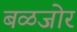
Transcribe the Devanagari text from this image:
बळजोर